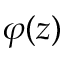
\varphi ( z )